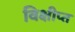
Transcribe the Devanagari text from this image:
विक्षीप्त